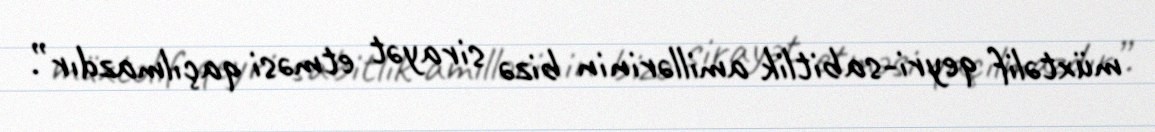
müxtəlif qeyri-sabitlik amillərinin bizə sirayət etməsi qaçılmazdır”.